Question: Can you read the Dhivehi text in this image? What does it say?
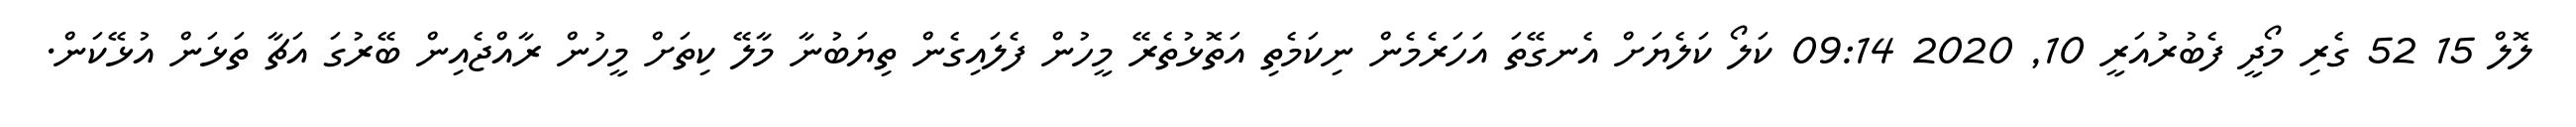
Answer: ލޮލް 15 52 ގެރި މޯދީ ފެބުރުއަރީ 10, 2020 09:14 ކަލޯ ކަލެޔަށް އެނގޭތަ އަހަރެމެން ނިކަމެތި އަތޮޅުތެރޭ މީހުން ފެލައިގެން ތިޔަބުނާ މާލޭ ކިތަށް މީހުން ރާއްޖެއިން ބޭރުގަ އަޗާ ތަޅަން އުޅޭކަން.